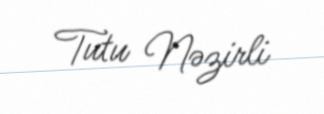
Tutu Nəzirli